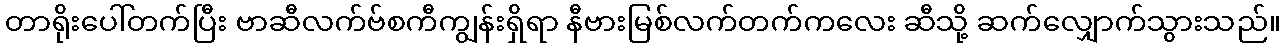
တာရိုးပေါ်တက်ပြီး ဗာဆီလက်ဗ်စကီကျွန်းရှိရာ နီဗားမြစ်လက်တက်ကလေး ဆီသို့ ဆက်လျှောက်သွားသည်။